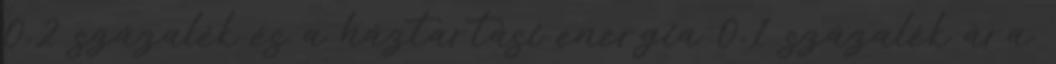
0,2 százalék és a háztartási energia 0,1 százalék ára.